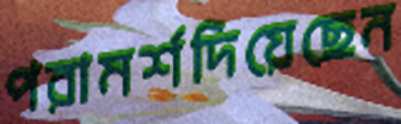
পরামর্শদিয়েছেন